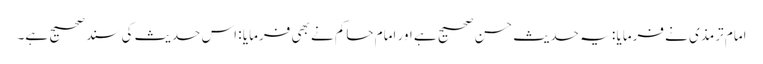
امام ترمذی نے فرمایا : یہ حدیث حسن صحیح ہے اور امام حاکم نے بھی فرمایا : اس حدیث کی سند صحیح ہے۔